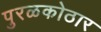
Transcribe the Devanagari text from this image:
पुरळकोठार